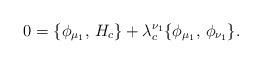
LaTeX: \begin{align*}0 =\{\phi_{\mu_1},\,H_c \}+ \lambda_c^{\nu_1} \{\phi_{\mu_1},\, \phi_{\nu_1} \}. \end{align*}